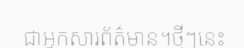
ជាអ្នកសារព័ត៌មាន។ថ្មីៗនេះ